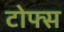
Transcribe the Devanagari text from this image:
टोफ्स